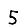
Digit: 5